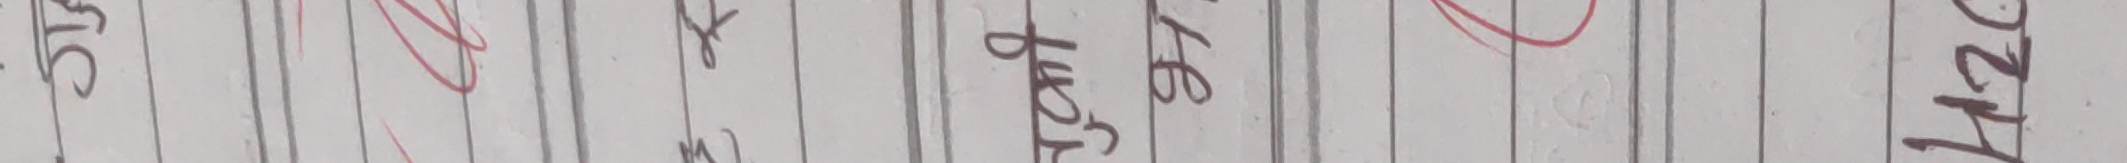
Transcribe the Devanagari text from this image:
स्ट.
भयो ३७